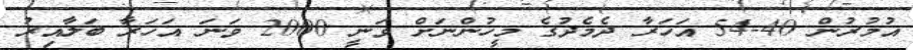
އުމުރުން 40-54 އަހަރާ ދެމެދުގެ މީހުންނަށް ވަނީ 2000 ވަަނަ އަހަރާ ބަލާއިރު